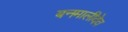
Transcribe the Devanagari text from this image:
बनमालीदेव